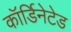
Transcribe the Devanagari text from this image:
कॉर्डिनेटेड